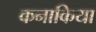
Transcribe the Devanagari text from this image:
कनाकिया